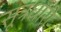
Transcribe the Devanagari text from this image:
सूत्रधारी